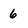
Character: 6